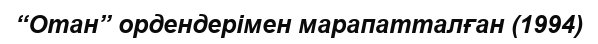
“Отан” ордендерімен марапатталған (1994)